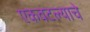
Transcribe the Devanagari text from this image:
एकवटल्याचे